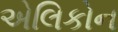
એલિકોન